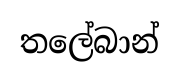
තලේබාන්